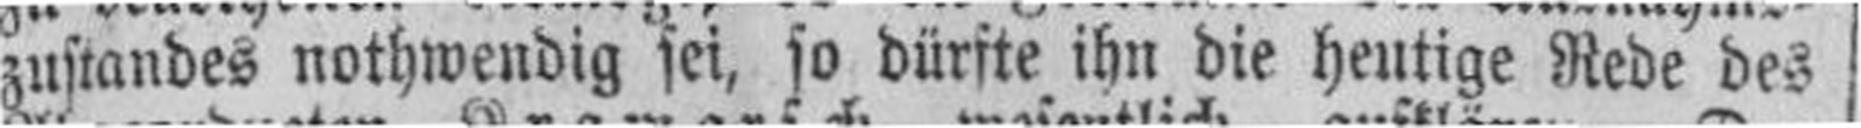
zustandes nothwendig sei, so dürfte ihn die heutige Rede des